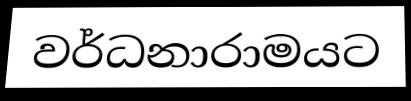
වර්ධනාරාමයට